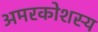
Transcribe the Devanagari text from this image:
अमरकोशस्य